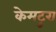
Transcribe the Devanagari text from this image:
केमटुरा